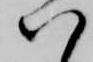
い